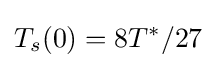
T_{s}(0)=8T^{*}/27